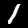
Label: 1